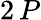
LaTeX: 2\, P